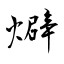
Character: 𤐙